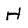
Character: H